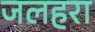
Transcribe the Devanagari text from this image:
जलहरा